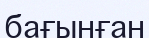
бағынған